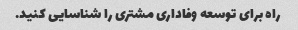
راه برای توسعه وفاداری مشتری را شناسایی کنید.